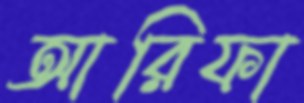
আরিফা